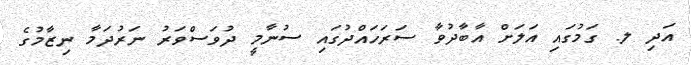
އަދި ލ. ގަމުގައި އަލަށް އާބާދުވާ ސަރަހައްދުގައި ސުނާމީ ދުވަސްވަރު ނަރުދަމާ ނިޒާމުގެ